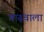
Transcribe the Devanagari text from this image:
बाढ़वाला